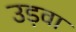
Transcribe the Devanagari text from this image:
उड़वा